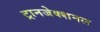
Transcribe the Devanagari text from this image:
ट्रानजेक्शनल